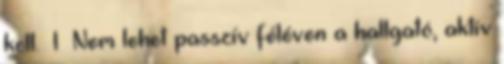
kell. 1 Nem lehet passzív féléven a hallgató, aktív